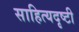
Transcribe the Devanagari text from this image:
साहित्यदृष्टी